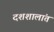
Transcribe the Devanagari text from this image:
दशशालांत